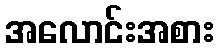
အလောင်းအစား